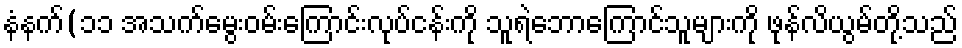
နံနက်(၁၁ အသက်မွေးဝမ်းကြောင်းလုပ်ငန်းကို သူရဲဘောကြောင်သူများကို ဖုန်လိယွမ်တို့သည်